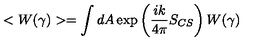
< W ( \gamma ) > = \int d A \exp \left( { \frac { i k } { 4 \pi } } S _ { C S } \right) W ( \gamma )